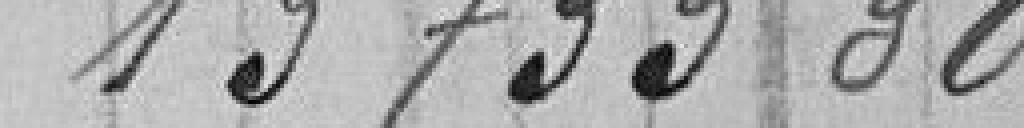
13733,30